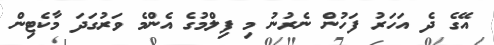
އޭގެ ދެ އަހަރު ފަހުން ނެރުނު މި ފިލްމުގެ އެންމެ ވަރުގަދަ މާކެޓިން